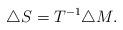
LaTeX: \begin{align*}\triangle S = T^{-1}\triangle M.\end{align*}